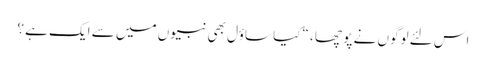
اس لئے لوگوں نے پو چھا ، “کیا ساؤل بھی نبیوں میں سے ایک ہے ؟